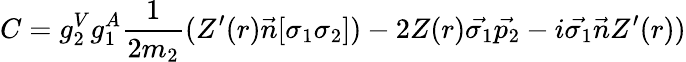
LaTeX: C=g_{2}^{V}g_{1}^{A}\frac{1}{2m_{2}}(Z^{\prime}(r)\vec{n}[\sigma_{1}\sigma_{2}])-2Z(r)\vec{\sigma_{1}}\vec{p_{2}}-i\vec{\sigma_{1}}\vec{n}Z^{\prime}(r))